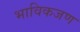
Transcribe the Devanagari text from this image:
भाविकजण